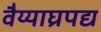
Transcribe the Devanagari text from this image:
वैय्याघ्रपद्य